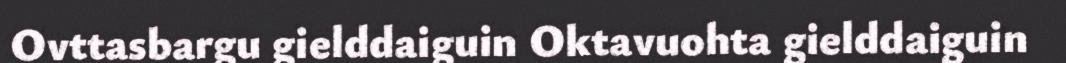
Ovttasbargu gielddaiguin Oktavuohta gielddaiguin